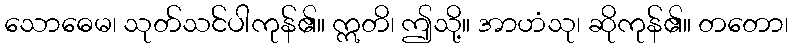
သောဓေမ၊ သုတ်သင်ပါကုန်၏။ ဣတိ၊ ဤသို့။ အာဟံသု၊ ဆိုကုန်၏။ တတော၊